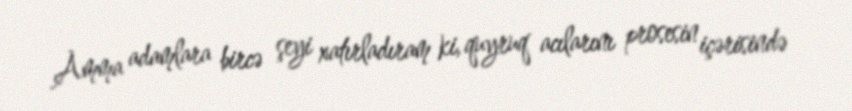
Amma adamlara bircə şeyi xatırladıram ki, quyruq acılarını prosesin içərisində